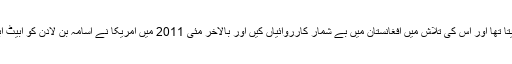
امریکا اسامہ بن لادن کو اپنا اولین دشمن قرار دیتا تھا اور اس کی تلاش میں افغانستان میں بے شمار کارروائیاں کیں اور بالآخر مئی 2011 میں امریکا نے اسامہ بن لادن کو ابیٹ آباد میں ایک آپریشن کے دوران ہلاک کردیا گیا۔